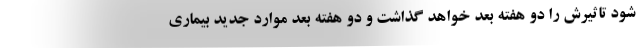
شود تاثیرش را دو هفته بعد خواهد گذاشت و دو هفته بعد موارد جدید بیماری